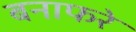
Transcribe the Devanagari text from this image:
बनाफरे